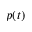
p ( t )